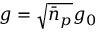
g = \sqrt { \bar { n } _ { p } } g _ { 0 }